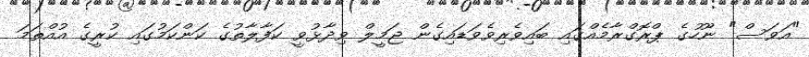
"އަވަސް" ނޫހުގެ ޕްރޮގްރާމެއްގައި ބައިވެރިވެވަޑައިގެން ޖަމީލް ވިދާޅުވީ ކަފާލާތުގެ ކަންކަމުގައި ކުރީގެ އުއްތަމަ